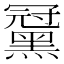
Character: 𪑪